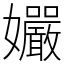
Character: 孍